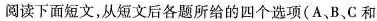
阅读下面短文,从短文后各题所给的四个选项(A、B、C和